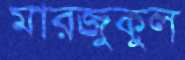
মারজুকুল